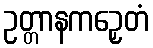
ဥတ္တာနကဉှေတံ